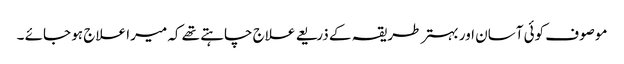
موصوف کوئی آسان اور بہتر طریقہ کے ذریعے علاج چاہتے تھے کہ میرا علاج ہو جائے ۔